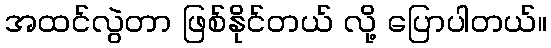
အထင်လွဲတာ ဖြစ်နိုင်တယ် လို့ ပြောပါတယ်။